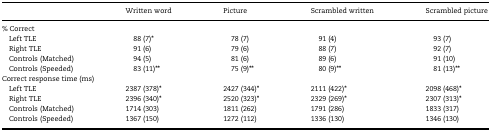
<table><thead><tr><td></td><td><b>Written word</b></td><td><b>Picture</b></td><td><b>Scrambled written</b></td><td><b>Scrambled picture</b></td></tr></thead><tbody><tr><td colspan="5">% Correct</td></tr><tr><td> Left TLE</td><td>88 (7)<b>*</b></td><td>78 (7)</td><td>91 (4)</td><td>93 (7)</td></tr><tr><td> Right TLE</td><td>91 (6)</td><td>79 (6)</td><td>88 (7)</td><td>92 (7)</td></tr><tr><td> Controls (Matched)</td><td>94 (5)</td><td>81 (6)</td><td>89 (6)</td><td>91 (10)</td></tr><tr><td> Controls (Speeded)</td><td>83 (11)<b>**</b></td><td>75 (9)<b>**</b></td><td>80 (9)<b>**</b></td><td>81 (13)<b>**</b></td></tr><tr><td colspan="5">Correct response time (ms)</td></tr><tr><td> Left TLE</td><td>2387 (378)<b>*</b></td><td>2427 (344)<b>*</b></td><td>2111 (422)<b>*</b></td><td>2098 (468)<b>*</b></td></tr><tr><td> Right TLE</td><td>2396 (340)<b>*</b></td><td>2520 (323)<b>*</b></td><td>2329 (269)<b>*</b></td><td>2307 (313)<b>*</b></td></tr><tr><td> Controls (Matched)</td><td>1714 (303)</td><td>1811 (262)</td><td>1791 (286)</td><td>1833 (317)</td></tr><tr><td> Controls (Speeded)</td><td>1367 (150)</td><td>1272 (112)</td><td>1336 (130)</td><td>1346 (130)</td></tr></tbody></table>